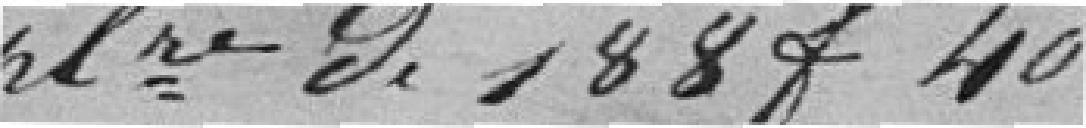
de 188 francs 40 cents.